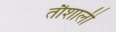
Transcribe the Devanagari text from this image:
तौशाली